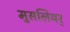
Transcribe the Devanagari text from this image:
मुसलियर्